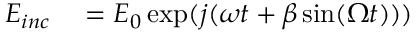
\begin{array} { r l } { E _ { i n c } } & { { } = E _ { 0 } \exp ( j ( \omega t + \beta \sin ( \Omega t ) ) ) } \end{array}